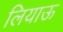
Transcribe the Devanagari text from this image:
लियाऊ